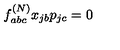
f _ { a b c } ^ { ( N ) } x _ { j b } p _ { j c } = 0